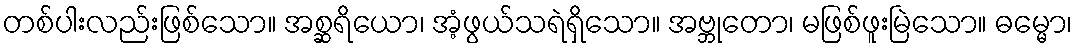
တစ်ပါးလည်းဖြစ်သော။ အစ္ဆရိယော၊ အံ့ဖွယ်သရဲရှိသော။ အဗ္ဘုတော၊ မဖြစ်ဖူးမြဲသော။ ဓမ္မော၊